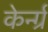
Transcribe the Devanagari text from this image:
केर्न्ग्र